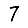
Digit: 7